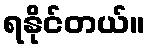
ရနိုင်တယ်။